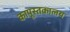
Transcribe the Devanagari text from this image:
कापूस्तकालय